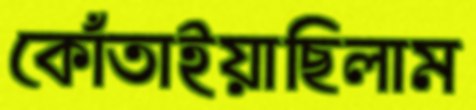
কোঁতাইয়াছিলাম